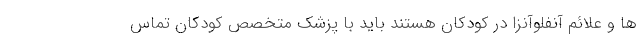
ها و علائم آنفلوآنزا در کودکان هستند باید با پزشک متخصص کودکان تماس